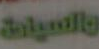
والسياة